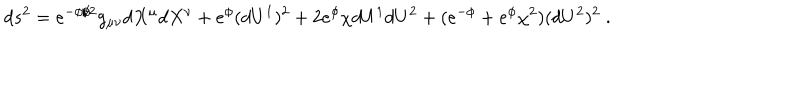
d s ^ { 2 } = e ^ { - \phi / 2 } g _ { \mu \nu } d X ^ { \mu } d X ^ { \nu } + e ^ { \phi } ( d U ^ { 1 } ) ^ { 2 } + 2 e ^ { \phi } \chi d U ^ { 1 } d U ^ { 2 } + ( e ^ { - \phi } + e ^ { \phi } \chi ^ { 2 } ) ( d U ^ { 2 } ) ^ { 2 } \; .